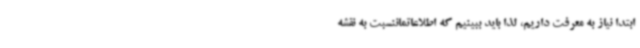
ابتدا نیاز به معرفت داریم، لذا باید ببینیم که اطلاعاتماننسبت به نقشه